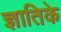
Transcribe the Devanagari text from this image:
ज्ञातिके